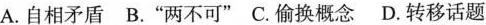
A. 自相矛盾 B. ”两不可” C. 偷换概念 D. 转移话题